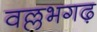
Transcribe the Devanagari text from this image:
वल्लभगढ़